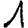
Digit: 1